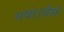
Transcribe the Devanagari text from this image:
गया।जैसे